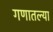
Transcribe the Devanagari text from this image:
गणातल्या